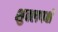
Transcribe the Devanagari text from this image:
शुक्लपक्षे